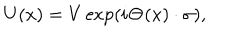
U ( x ) = V \exp ( i { \bf \Theta } ( x ) \cdot { \bf \sigma } ) ,